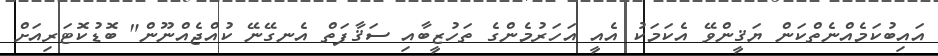
އައިބުކަމެއްނެތްކަން ޔަޤީންވޭ އެކަމަކު އެއީ އަހަރުމެންގެ ތަހުޒީބާއި ސަޤާފަތް އެނގޭނޭ ކުއްޖެއްނޫން" ބޮޑުކޮޓަރިއަށް